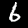
Digit: 6